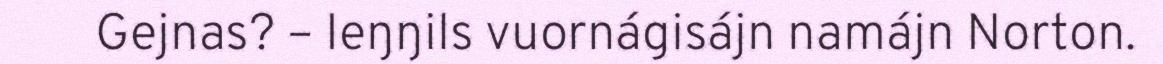
Gejnas? – Ieŋŋils vuornágisájn namájn Norton.